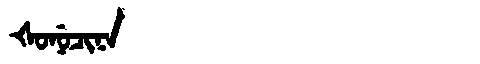
Manchu: ᡧᠣᠨᡠᠴᡳᠨᠠ
Romanization: ŠONUCINA